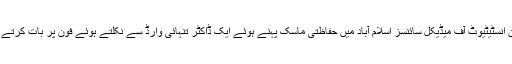
پاکستان انسٹیٹیوٹ آف میڈیکل سائنسز اسلام آباد میں حفاظتی ماسک پہنے ہوئے ایک ڈاکٹر تنہائی وارڈ سے نکلتے ہوئے فون پر بات کرتے ہوئے۔